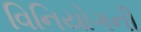
વિનિયોગની